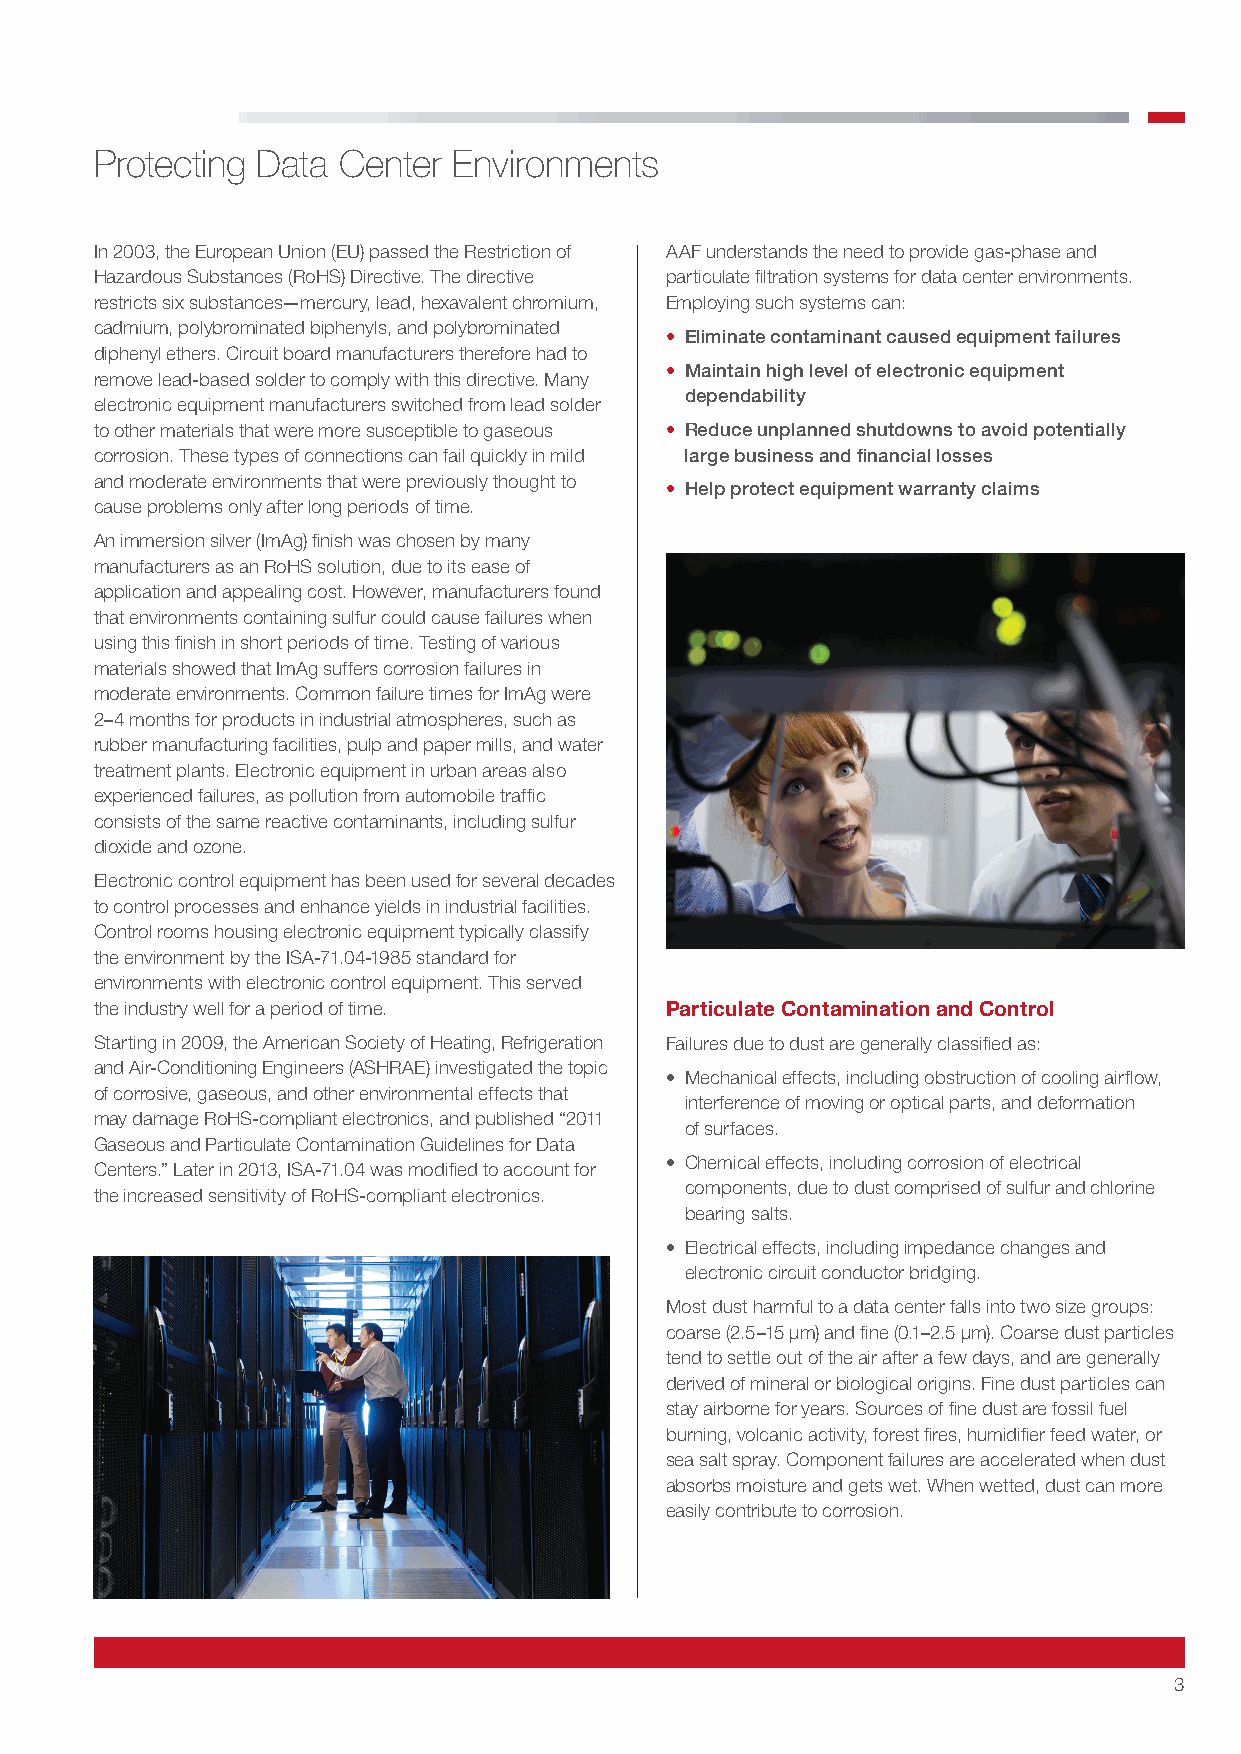
Protecting Data Center  Environments
 In 2003, the European Union (EU) passed the Restriction of AAF understands the need to provide gas-phase and
 Hazardous Substances (RoHS) Directive. The directive particulate filtration systems for data center environments.
 restricts six substances—mercury, lead, hexavalent chromium, Employing such systems can:
 cadmium, polybrominated biphenyls, and polybrominated
 • Eliminate contaminant caused equipment failures
 diphenyl ethers. Circuit board manufacturers therefore had to
 • Maintain high level of electronic equipment
 remove lead-based solder to comply with this directive. Many
 dependability
 electronic equipment manufacturers switched from lead solder
 to other materials that were more susceptible to gaseous • Reduce unplanned shutdowns to avoid potentially
 corrosion. These types of connections can fail quickly in mild large business and financial losses
 and moderate environments that were previously thought to
 • Help protect equipment warranty claims
 cause problems only after long periods of time.
 An immersion silver (ImAg) finish was chosen by many
 manufacturers as an RoHS solution, due to its ease of
 application and appealing cost. However, manufacturers found
 that environments containing sulfur could cause failures when
 using this finish in short periods of time. Testing of various
 materials showed that ImAg suffers corrosion failures in
 moderate environments. Common failure times for ImAg were
 2–4 months for products in industrial atmospheres, such as
 rubber manufacturing facilities, pulp and paper mills, and water
 treatment plants. Electronic equipment in urban areas also
 experienced failures, as pollution from automobile traffic
 consists of the same reactive contaminants, including sulfur
 dioxide and ozone.
 Electronic control equipment has been used for several decades
 to control processes and enhance yields in industrial facilities.
 Control rooms housing electronic equipment typically classify
 the environment by the ISA-71.04-1985 standard for
 environments with electronic control equipment. This served
 the industry well for a period of time. Particulate Contamination and Control
 Starting in 2009, the American Society of Heating, Refrigeration Failures due to dust are generally classified as:
 and Air-Conditioning Engineers (ASHRAE) investigated the topic
 • Mechanical effects, including obstruction of cooling airflow,
 of corrosive, gaseous, and other environmental effects that
 interference of moving or optical parts, and deformation
 may damage RoHS-compliant electronics, and published “2011
 of surfaces.
 Gaseous and Particulate Contamination Guidelines for Data
 • Chemical effects, including corrosion of electrical
 Centers.” Later in 2013, ISA-71.04 was modified to account for
 components, due to dust comprised of sulfur and chlorine
 the increased sensitivity of RoHS-compliant electronics.
 bearing salts.
 • Electrical effects, including impedance changes and
 electronic circuit conductor bridging.
 Most dust harmful to a data center falls into two size groups:
 coarse (2.5–15 μm) and fine (0.1–2.5 μm). Coarse dust particles
 tend to settle out of the air after a few days, and are generally
 derived of mineral or biological origins. Fine dust particles can
 stay airborne for years. Sources of fine dust are fossil fuel
 burning, volcanic activity, forest fires, humidifier feed water, or
 sea salt spray. Component failures are accelerated when dust
 absorbs moisture and gets wet. When wetted, dust can more
 easily contribute to corrosion.
 3